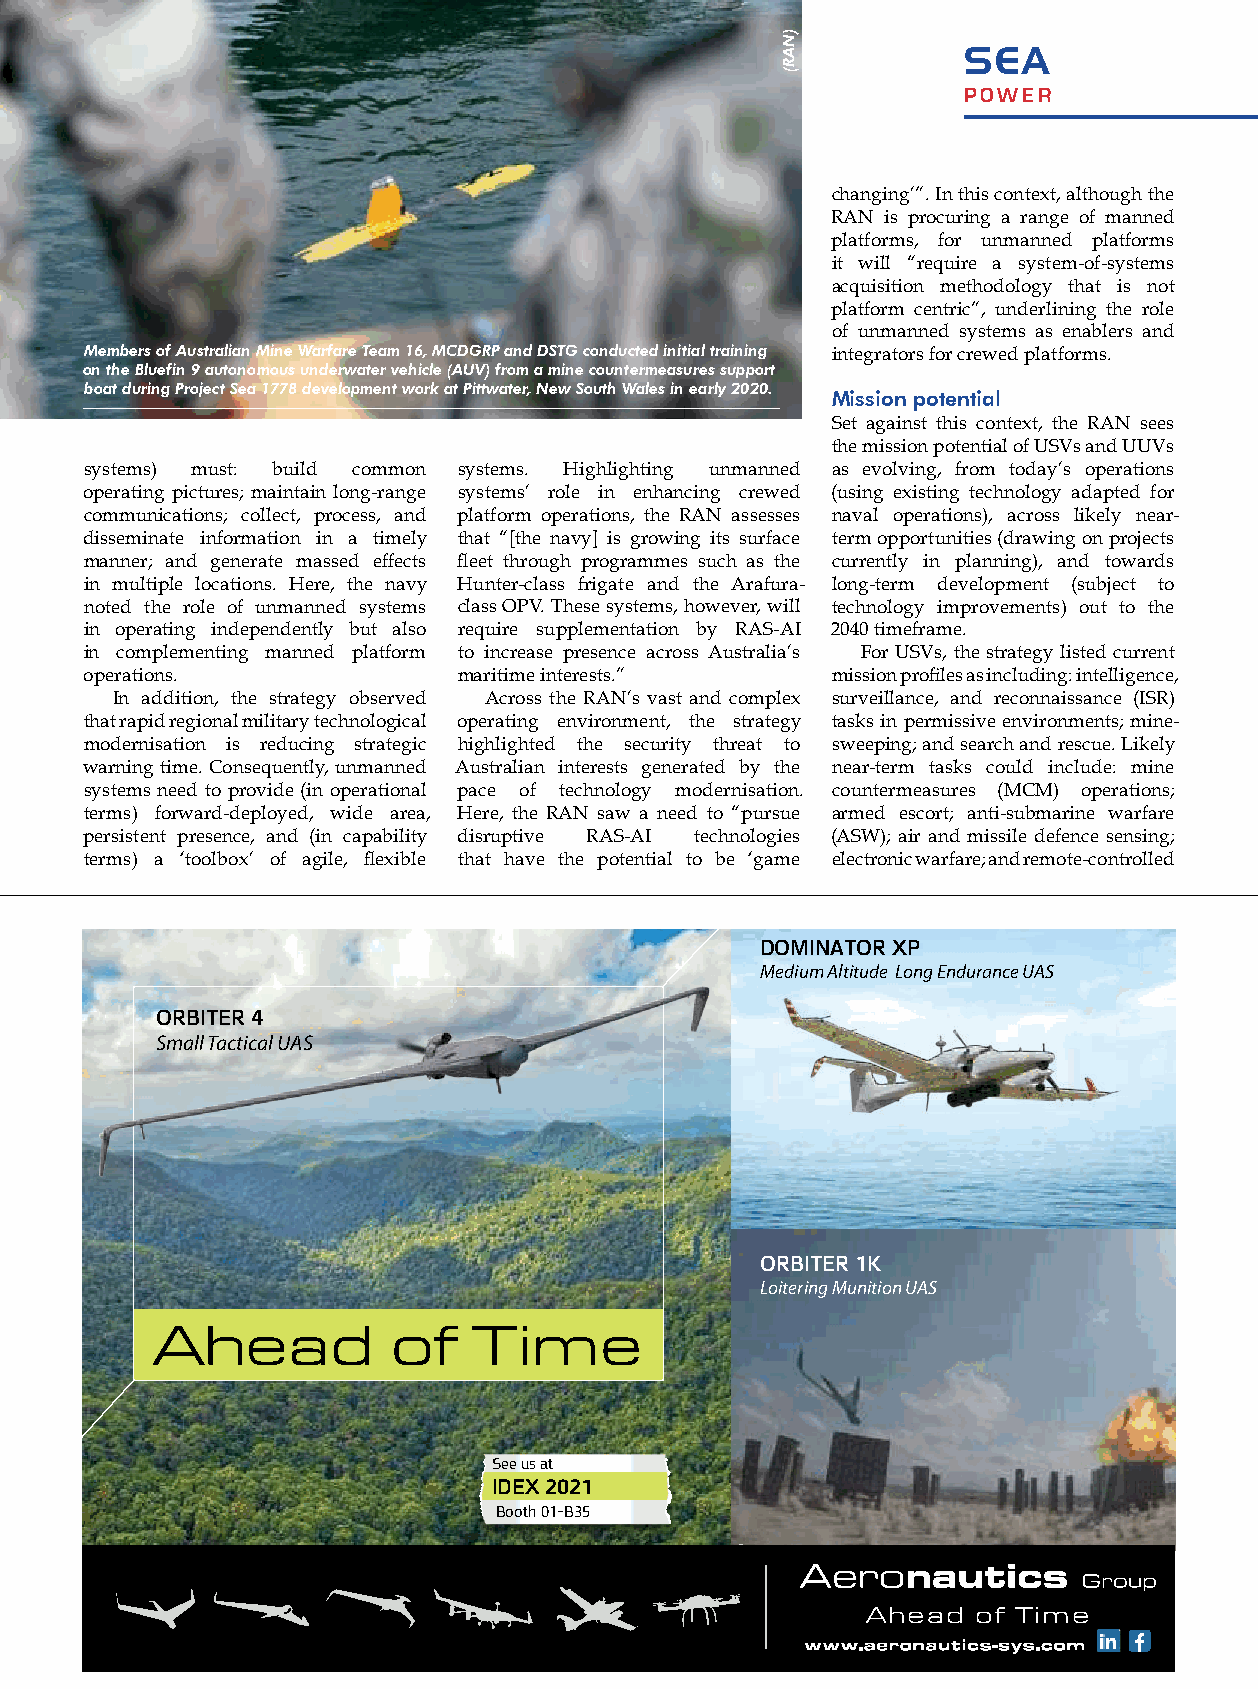
sea
 power
 changing’”. In this context, although the
 RAN is procuring a range of manned
 platforms, for unmanned platforms
 it will “require a system-of-systems
 acquisition methodology that is not
 platform centric”, underlining the role
 of unmanned systems as enablers and
 Members of Australian Mine Warfare Team 16, MCDGRP and DSTG conducted initial training integrators for crewed platforms.
 on the Bluefin 9 autonomous underwater vehicle (AUV) from a mine countermeasures support
 boat during Project Sea 1778 development work at Pittwater, New South Wales in early 2020.
 Mission potential
 Set against this context, the RAN sees
 the mission potential of USVs and UUVs
 systems) must: build common systems. Highlighting unmanned as evolving, from today’s operations
 operating pictures; maintain long-range systems’ role in enhancing crewed (using existing technology adapted for
 communications; collect, process, and platform operations, the RAN assesses naval operations), across likely near-
 disseminate information in a timely that “[the navy] is growing its surface term opportunities (drawing on projects
 manner; and generate massed effects fleet through programmes such as the currently in planning), and towards
 in multiple locations. Here, the navy Hunter-class frigate and the Arafura- long-term development (subject to
 noted the role of unmanned systems class OPV. These systems, however, will technology improvements) out to the
 in operating independently but also require supplementation by RAS-AI 2040 timeframe.
 in complementing manned platform to increase presence across Australia’s For USVs, the strategy listed current
 operations.             maritime interests.”     mission profiles as including: intelligence,
 In addition, the strategy observed Across the RAN’s vast and complex surveillance, and reconnaissance (ISR)
 that rapid regional military technological operating environment, the strategy tasks in permissive environments; mine-
 modernisation is reducing strategic highlighted the security threat to sweeping; and search and rescue. Likely
 warning time. Consequently, unmanned Australian interests generated by the near-term tasks could include: mine
 systems need to provide (in operational pace of technology modernisation. countermeasures (MCM) operations;
 terms) forward-deployed, wide area, Here, the RAN saw a need to “pursue armed escort; anti-submarine warfare
 persistent presence, and (in capability disruptive RAS-AI technologies (ASW); air and missile defence sensing;
 terms) a ‘toolbox’ of agile, flexible that have the potential to be ‘game electronic warfare; and remote-controlled
 DOMINATOR XP
 Medium Altitude Long Endurance UAS
 ORBITER 4
 Small Tactical UAS
 ORBITER 1K
 Loitering Munition UAS
 Ahead           of   Time
 See us at
 IDEX 2021
 Booth 01-B35
 Ahead   of Time
 | february/march 2021 |                      15
 )NAR(